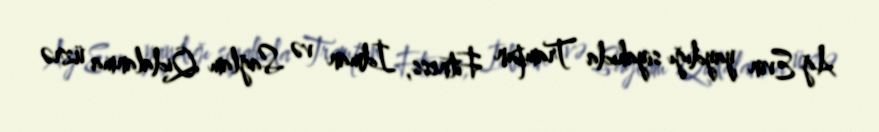
Ağ Evin yaydığı siyahıda Trampın Fitness, İdman və Sağlam Qidalanma üzrə